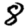
Digit: 8